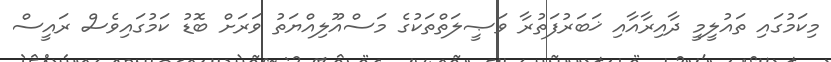
މިކަމުގައި ތައުލީމީ ދާއިރާއާއި ޚަބަރުފަތުރާ ވަޞީލަތްތަކުގެ މަސްއޫލިއްޔަތު ވަރަށް ބޮޑު ކަމުގައިވެސް ރައީސް